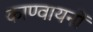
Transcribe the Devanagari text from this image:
काण्वायनों